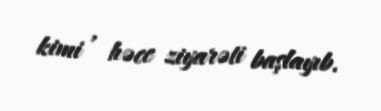
kimi , həcc ziyarəti başlayıb.